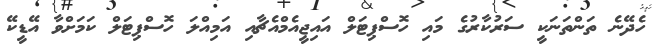
ހެދޭނެ ތަންތަނަކީ ސަރުކާރުގެ މައި ހޮސްޕިޓަލް އައިޖީއެމްއެޗާއި އަމިއްލަ ހޮސްޕިޓަލް ކަމަށްވާ އޭޑީކޭ